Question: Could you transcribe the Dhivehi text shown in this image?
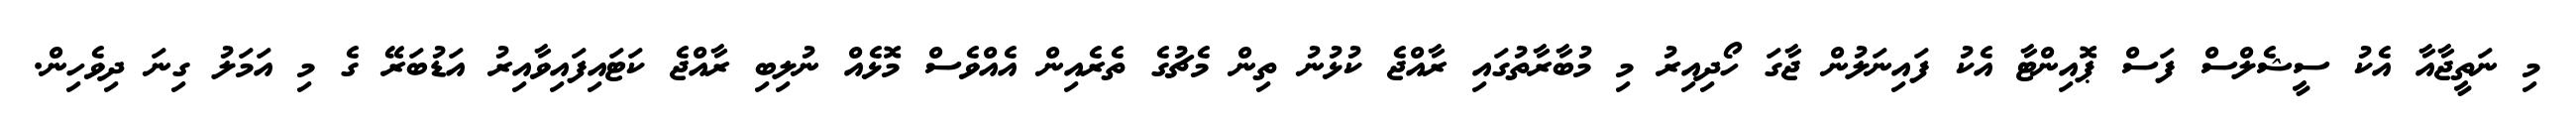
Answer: މި ނަތީޖާއާ އެކު ސީޝެލްސް ފަސް ޕޮއިންޓާ އެކު ފައިނަލުން ޖާގަ ހޯދިއިރު މި މުބާރާތުގައި ރާއްޖެ ކުޅުނު ތިން މެޗުގެ ތެރެއިން އެއްވެސް މޮޅެއް ނުލިބި ރާއްޖެ ކަޓައިފައިވާއިރު އަޑުބަރޭ ގެ މި އަމަލު ގިނަ ދިވެހިން.